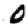
Digit: 0